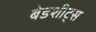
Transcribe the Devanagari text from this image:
बेडशीट्स